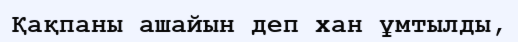
Қақпаны ашайын деп хан ұмтылды,